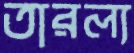
তারল্য